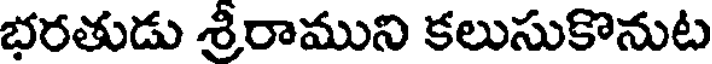
భరతుడు శ్రీరాముని కలుసుకొనుట